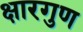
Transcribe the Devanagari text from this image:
क्षारगुण